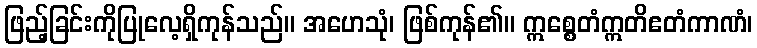
ဖြည့်ခြင်းကိုပြုလေ့ရှိကုန်သည်။ အဟေသုံ၊ ဖြစ်ကုန်၏။ ဣစ္စေတံဣတိဧတံကာဏံ၊